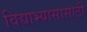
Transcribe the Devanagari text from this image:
विद्याभ्यासासाठी